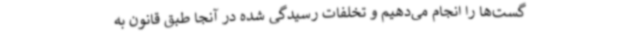
گست‌ها را انجام می‌دهیم و تخلفات رسیدگی شده در آنجا طبق قانون به